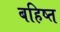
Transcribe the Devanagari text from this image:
बहिष्त